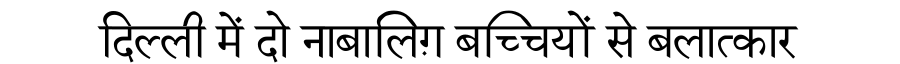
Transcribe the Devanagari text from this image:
दिल्ली में दो नाबालिग़ बच्चियों से बलात्कार